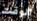
الوقت